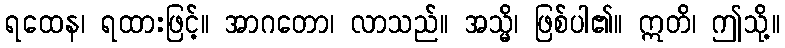
ရထေန၊ ရထားဖြင့်။ အာဂတော၊ လာသည်။ အသ္မိ၊ ဖြစ်ပါ၏။ ဣတိ၊ ဤသို့။